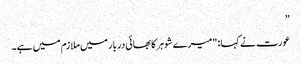
”
عورت نے کہا: "میرے شوہر کا بھائی دربار میں ملازم میں ہے۔